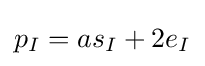
p_{I}=as_{I}+2e_{I}